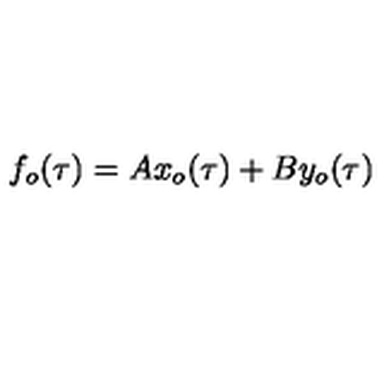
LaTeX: f _ { o } ( \tau ) = A x _ { o } ( \tau ) + B y _ { o } ( \tau )